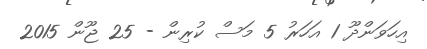
އިހަވަންދޫ 1 އަހަރު 5 މަސް ކުރިން - 25 ޖޫން 2015